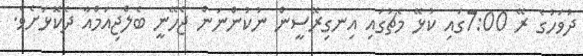
ދުވަހުގެ ރޭ 7:00ގައި ކުޅޭ މެޗުގައި އިނގިރޭސީން ނުކުންނަން ޖެހޭނީ ބެލްޖިއަމްއާ ދެކޮޅަށެވެ.